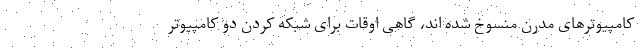
کامپیوترهای مدرن منسوخ شده اند، گاهی اوقات برای شبکه کردن دو کامپیوتر